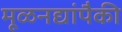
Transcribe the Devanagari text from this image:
मूळनद्यांपैकी